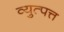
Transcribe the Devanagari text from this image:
व्युत्पत्त